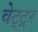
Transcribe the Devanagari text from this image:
वेट्ट्रर